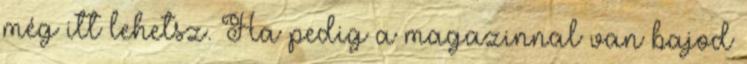
még itt lehetsz. Ha pedig a magazinnal van bajod